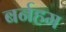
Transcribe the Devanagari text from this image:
बर्नहम